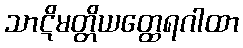
သာဋိမတ္တိယတ္ထေရဂါထာ